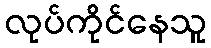
လုပ်ကိုင်နေသူ